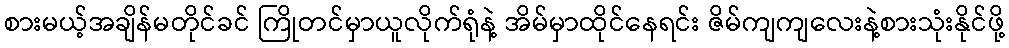
စားမယ့်အချိန်မတိုင်ခင် ကြိုတင်မှာယူလိုက်ရုံနဲ့ အိမ်မှာထိုင်နေရင်း ဇိမ်ကျကျလေးနဲ့စားသုံးနိုင်ဖို့